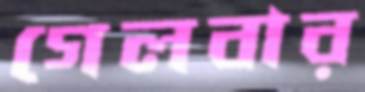
গেলবার